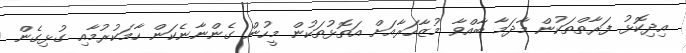
އިދިކޮޅު ފަރާތްތަކުން މާދަމާ ބާއްވާ މުޒާހަރާއަށް އަތޮޅުތަކުން މީހުން ގެންނާނެކަން ހާމަކުރުމާއި ގުޅިގެން